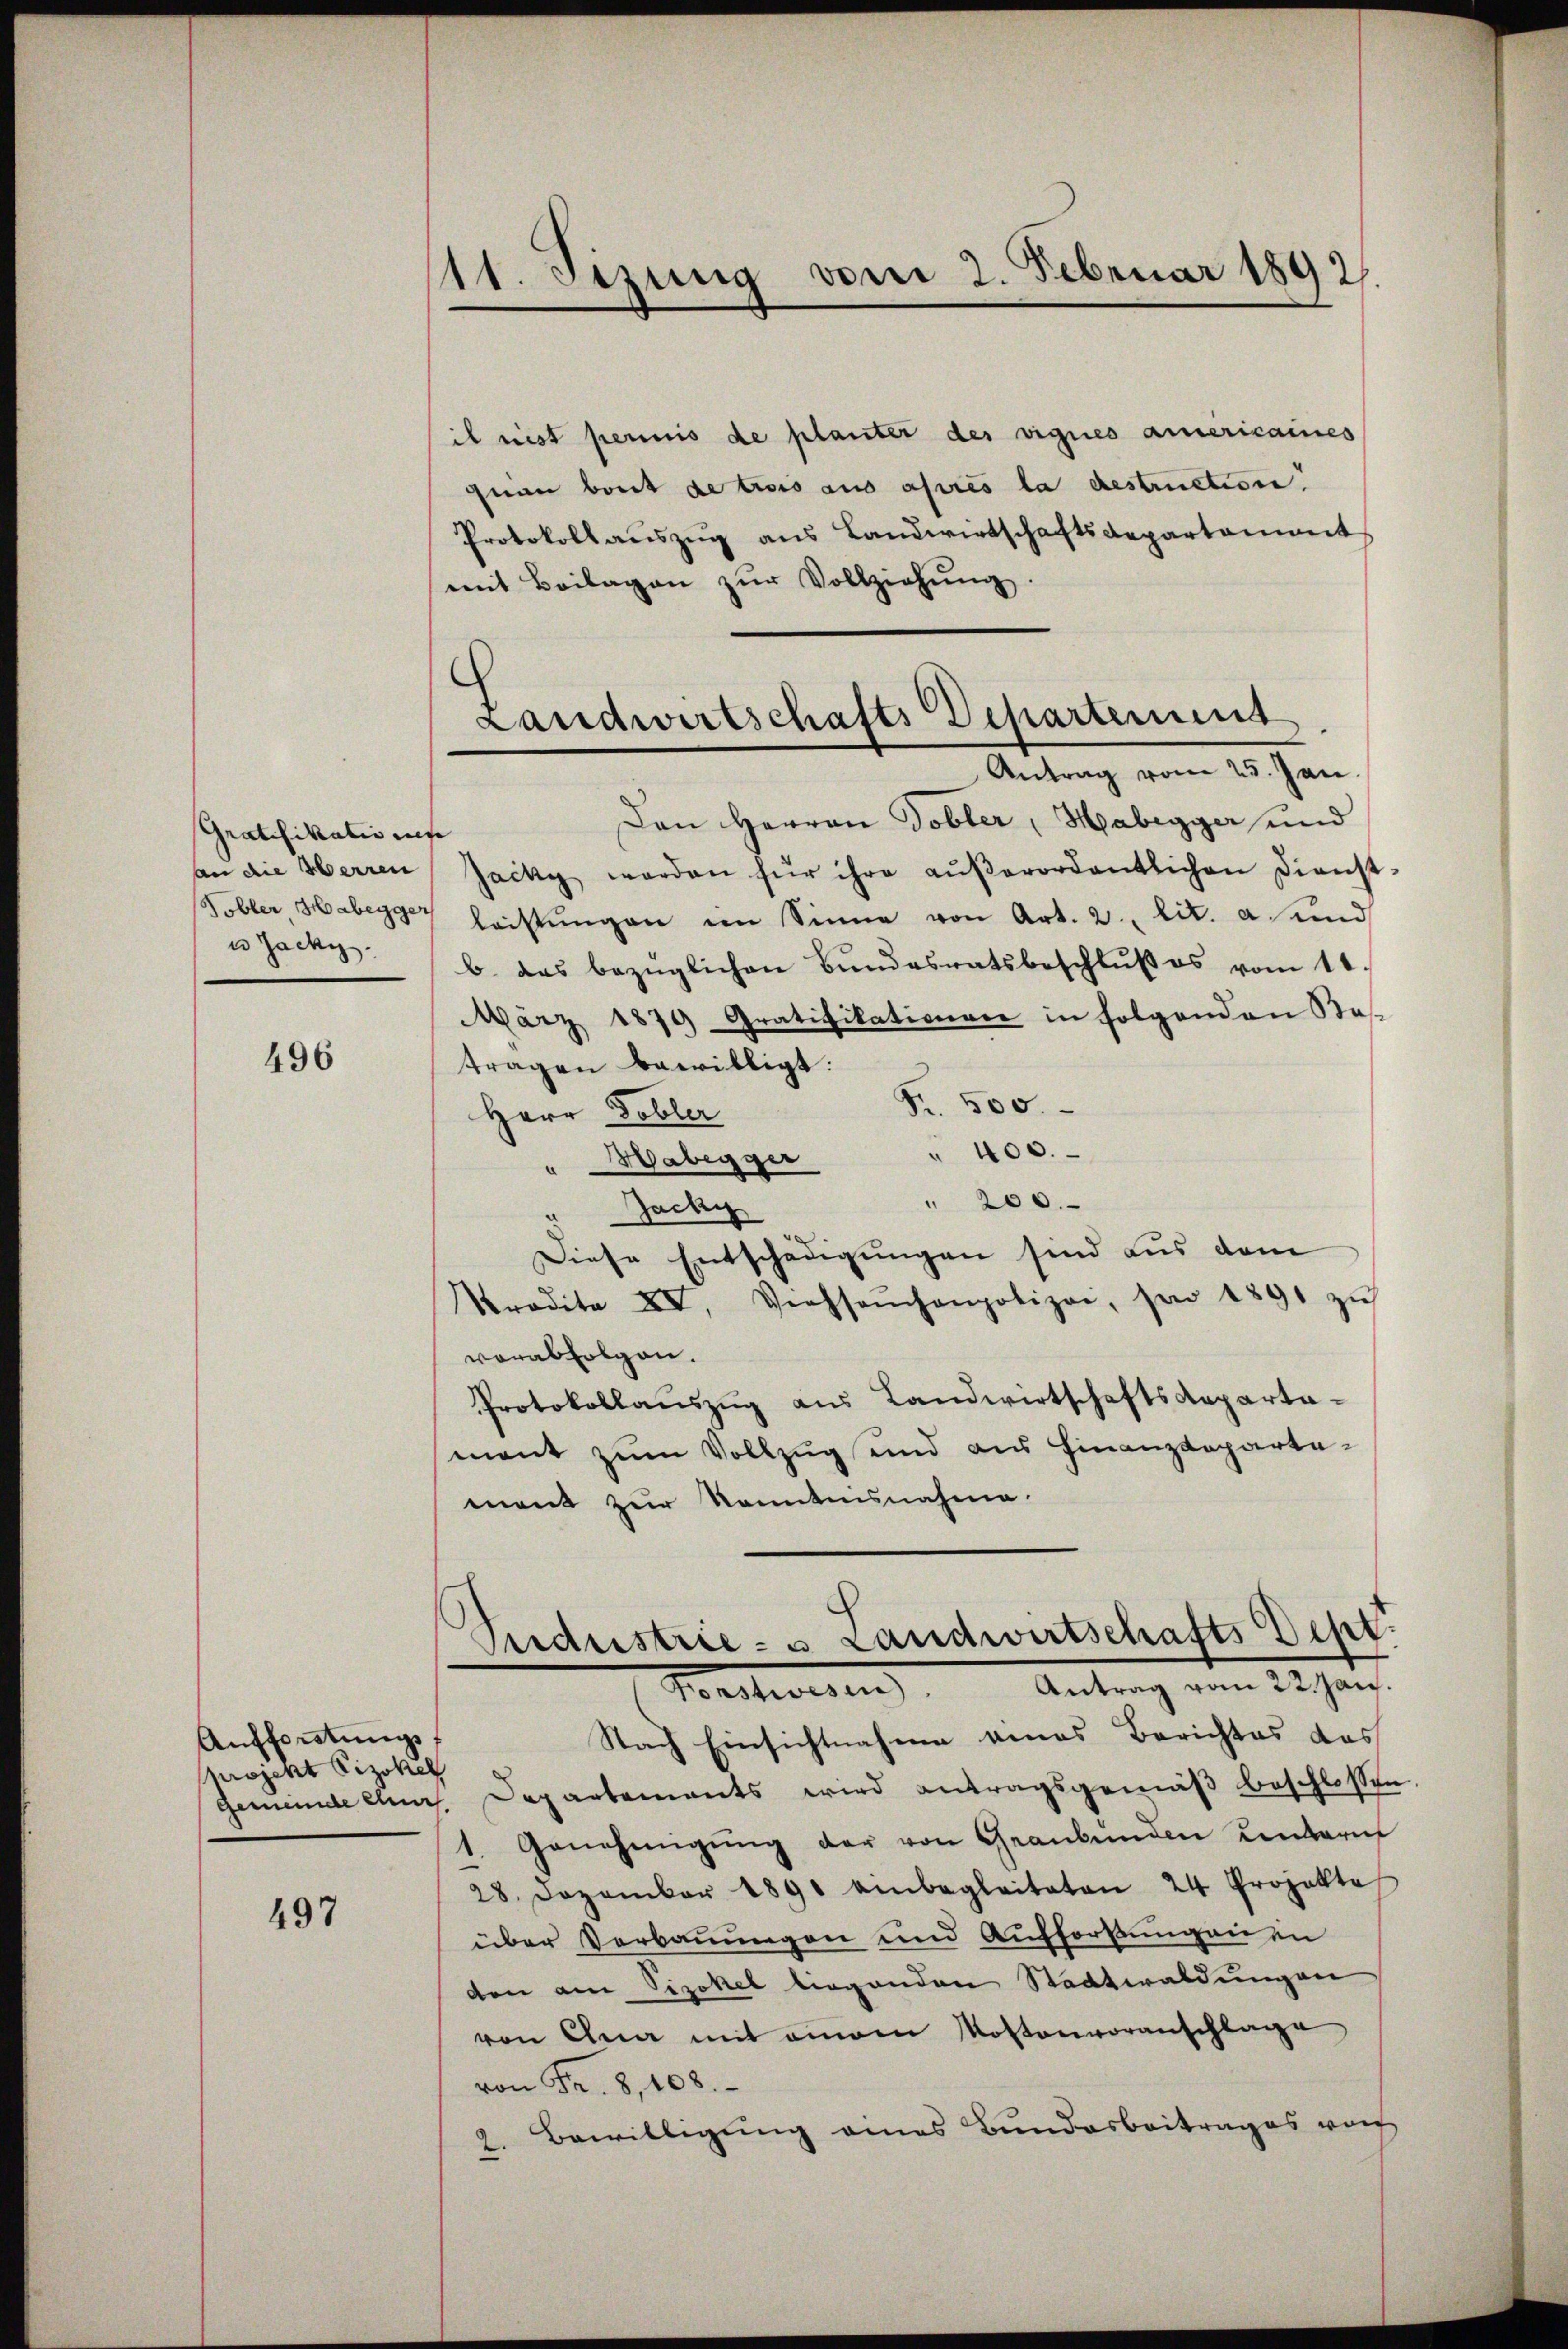
Gratifikationes
u Jacky

496

Aufforstungs
projekt Pizokel

497

11. Sizung vom 2. Februar 1892.

ib nit perinis de planter der vignes Americaines
quam bout de trois aus après la destructione.
Protokoll aŭszŭg aŭs Landwirtschaftsdepartement
mit Beilagen zŭr Vollziehŭng.

s
Landwirtschafts Departement.
Antrag vom 25. Jan.

Den Herren Tobler, Habegger und
an die Herren Jacky werden für ihre aŭβerordentlichen Dienst-
Kobler, Haberger leistŭngen im Sinne von Art. 2. lit. a und
b. das bezüglichen Bŭndesratsbeschlŭβ es vom 11.
März 1879 Gratifikationen in folgenden Bes
tragen bewilligt.
Fr. 500.
Herr Dobler
" 400.
Habegger
" 200.
Jachy
Diese Entschädigungen sind aus dem
Srdite XV, Viehseuchenpolizei, son 1891 zŭs
vorabfolgen.
Protokollaŭszŭg aŭs Landwirtschaftsaeparta-
mant zum Vollzug und aus Finanzdepartemont zur Kenntnisnahme.

Sudustrie- u Landwirtschafts Dept.
Vonstwesen. Antrag vom 22. Jan.
Nach Einsichtnahme eines Berichtes das

gemeinde eler. Departements wird antragsgemäβ beschlossen.
1. Genehmigŭng der von Graubünden Kindern
28. Dezember 1891 einbegleiteten 24 Projekte
über Verbauungen und Auffordungen in
den am Vizekel liegenden Stadtwaldungen
von Ana mit einem Kostenvoranschlage
von Fr. 8, 108.
2. Bewilligung eines Bundesbeitrages vorg